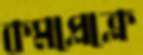
কমপ্লেক্লে